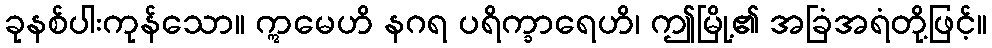
ခုနစ်ပါးကုန်သော။ ဣမေဟိ နဂရ ပရိက္ခာရေဟိ၊ ဤမြို့၏ အခြံအရံတို့ဖြင့်။